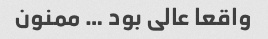
واقعا عالی بود … ممنون